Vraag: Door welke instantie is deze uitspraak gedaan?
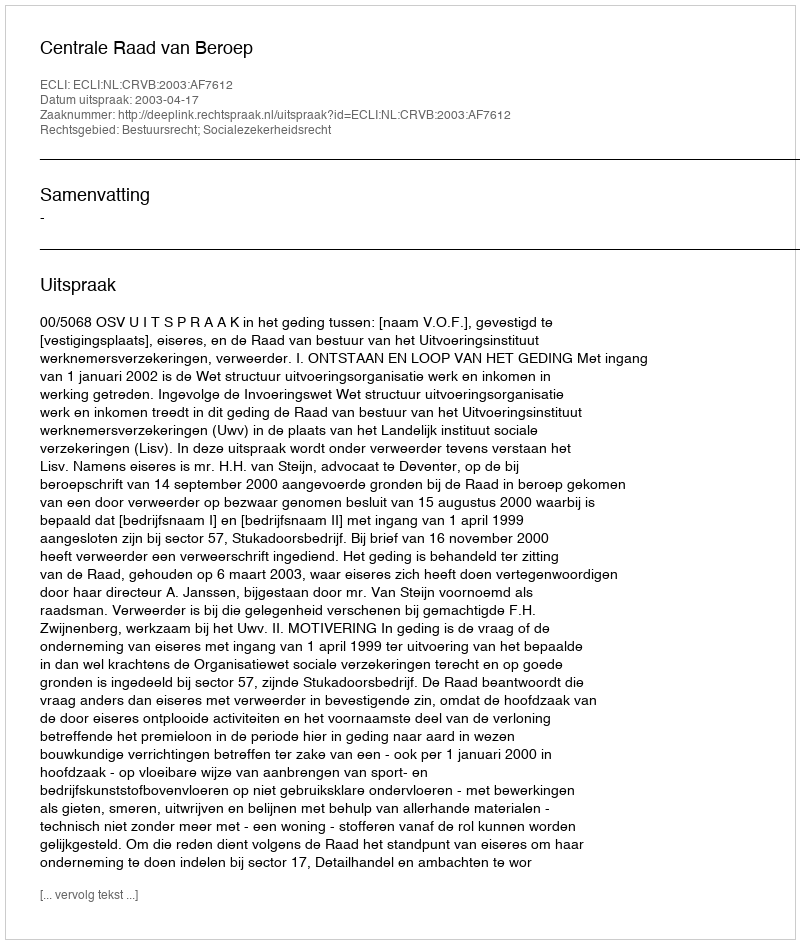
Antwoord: Centrale Raad van Beroep